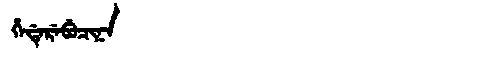
Manchu: ᡥᡝᡩᡝᡵᡝᠪᡠᠴᡳᠨᠠ
Romanization: HEDEREBUCINA